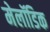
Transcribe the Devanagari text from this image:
मेलॉडिक